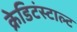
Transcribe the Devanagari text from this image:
क्रेडिटंस्टाल्ट